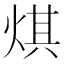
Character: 𤊄